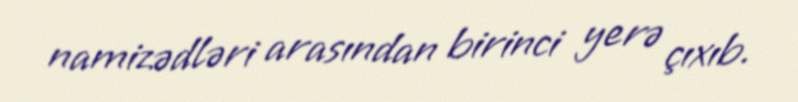
namizədləri arasından birinci yerə çıxıb.